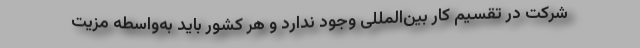
شرکت در تقسیم‌ کار بین‌المللی وجود ندارد و هر کشور باید به‌واسطه مزیت